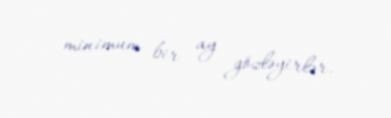
minimum bir ay gözləyirlər.